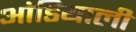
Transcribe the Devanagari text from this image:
आंडियाली